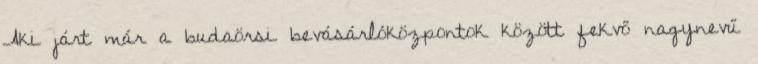
Aki járt már a budaörsi bevásárlóközpontok között fekvő nagynevű